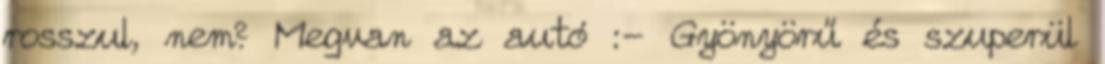
rosszul, nem? Megvan az autó :- Gyönyörű és szuperül